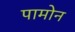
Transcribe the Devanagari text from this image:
पामोन